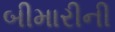
બીમારીની